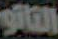
النانو